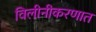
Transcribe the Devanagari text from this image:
विलीनीकरणात